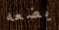
يضعه